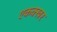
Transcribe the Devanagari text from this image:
एकक्खर